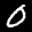
Label: 0